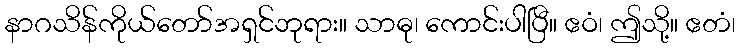
နာဂသိန်ကိုယ်တော်အရှင်ဘုရား။ သာဓု၊ ကောင်းပါပြီ။ ဧဝံ၊ ဤသို့။ ဧတံ၊